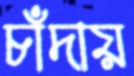
চাঁদায়